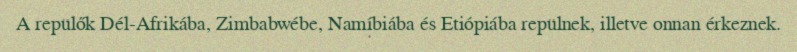
A repülők Dél-Afrikába, Zimbabwébe, Namíbiába és Etiópiába repülnek, illetve onnan érkeznek.